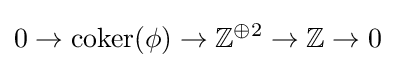
0\to \operatorname {coker} (\phi )\to \mathbb {Z} ^{\oplus 2}\to \mathbb {Z} \to 0